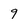
Character: 9